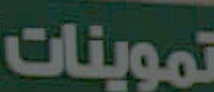
تموينات